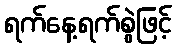
ရက်နေ့ရက်စွဲဖြင့်